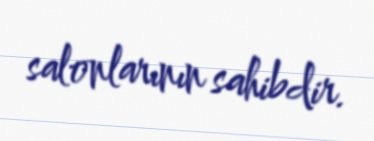
salonlarının sahibdir.